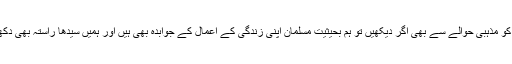
اگر اِس ساری سوچ کو مذہبی حوالے سے بھی اگر دیکھیں تو ہم بحیثیتِ مُسلمان اپنی زندگی کے اعمال کے جوابدہ بھی ہیں اور ہمیں سیدھا راستہ بھی دِکھا اور بتا دِیا گیا ہے۔